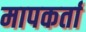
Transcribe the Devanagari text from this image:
मापकर्ता